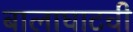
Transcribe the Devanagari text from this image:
बालाघाटची